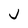
Character: J